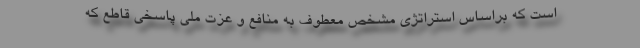
است که براساس استراتژی مشخص معطوف به منافع و عزت ملی پاسخی قاطع که